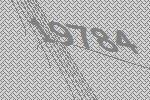
19784